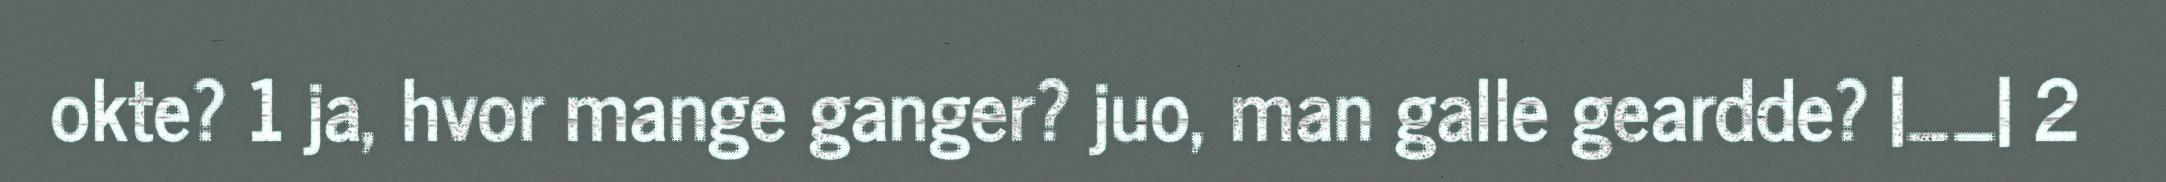
okte? 1 ja, hvor mange ganger? juo, man galle geardde? |__| 2